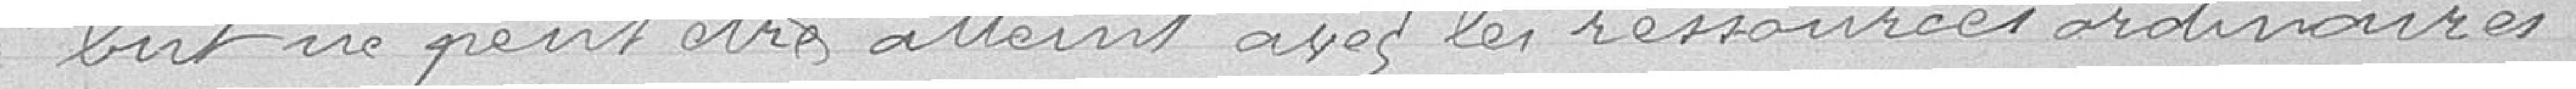
but ne peut être atteint avec les ressources ordinaires